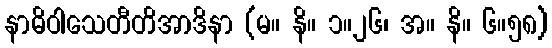
နာဓိဝါသေတီတိအာဒိနာ (မ။ နိ။ ၁။၂၆၊ အ။ နိ။ ၆။၅၈)